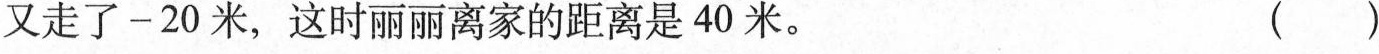
又走了-20米，这时丽丽离家的距离是40米。 ()